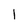
Character: 1